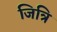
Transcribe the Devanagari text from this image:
जित्रि